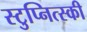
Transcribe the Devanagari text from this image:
स्टुप्नित्स्की